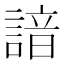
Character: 諳